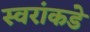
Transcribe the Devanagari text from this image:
स्वरांकडे